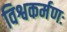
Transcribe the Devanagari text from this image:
विश्वकर्मणः